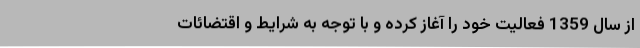
از سال 1359 فعالیت خود را آغاز کرده و با توجه به شرایط و اقتضائات